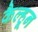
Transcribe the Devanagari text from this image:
कैल्हून